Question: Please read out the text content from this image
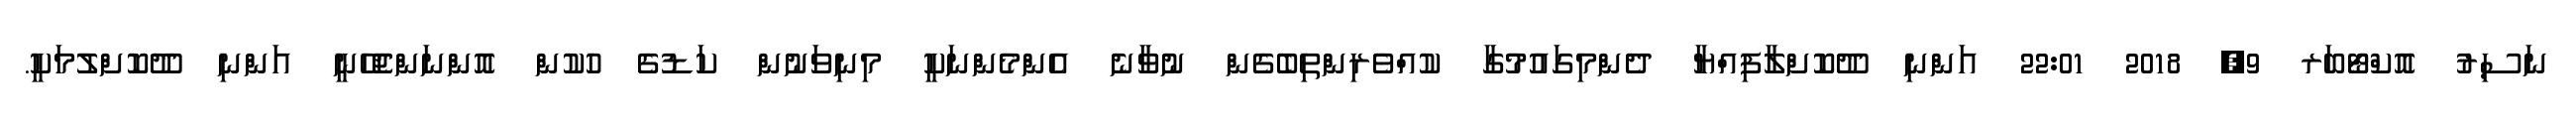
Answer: ނަސިރު އޮކްޓޯބަރ 9, 2018 22:01 އަންނި ދޫކޮށްލާފިއްޔާ ދެންމިގައުމުގާ ކުއްވެރިންތިބެގެން ނުވާނެ އެންމެންނަކީ މިނިވަނުން ކަޑުގެ ހުކުން އޮންނަންޖެހޭނީ އަންނި ދޫކޮށްލުމަކީ.